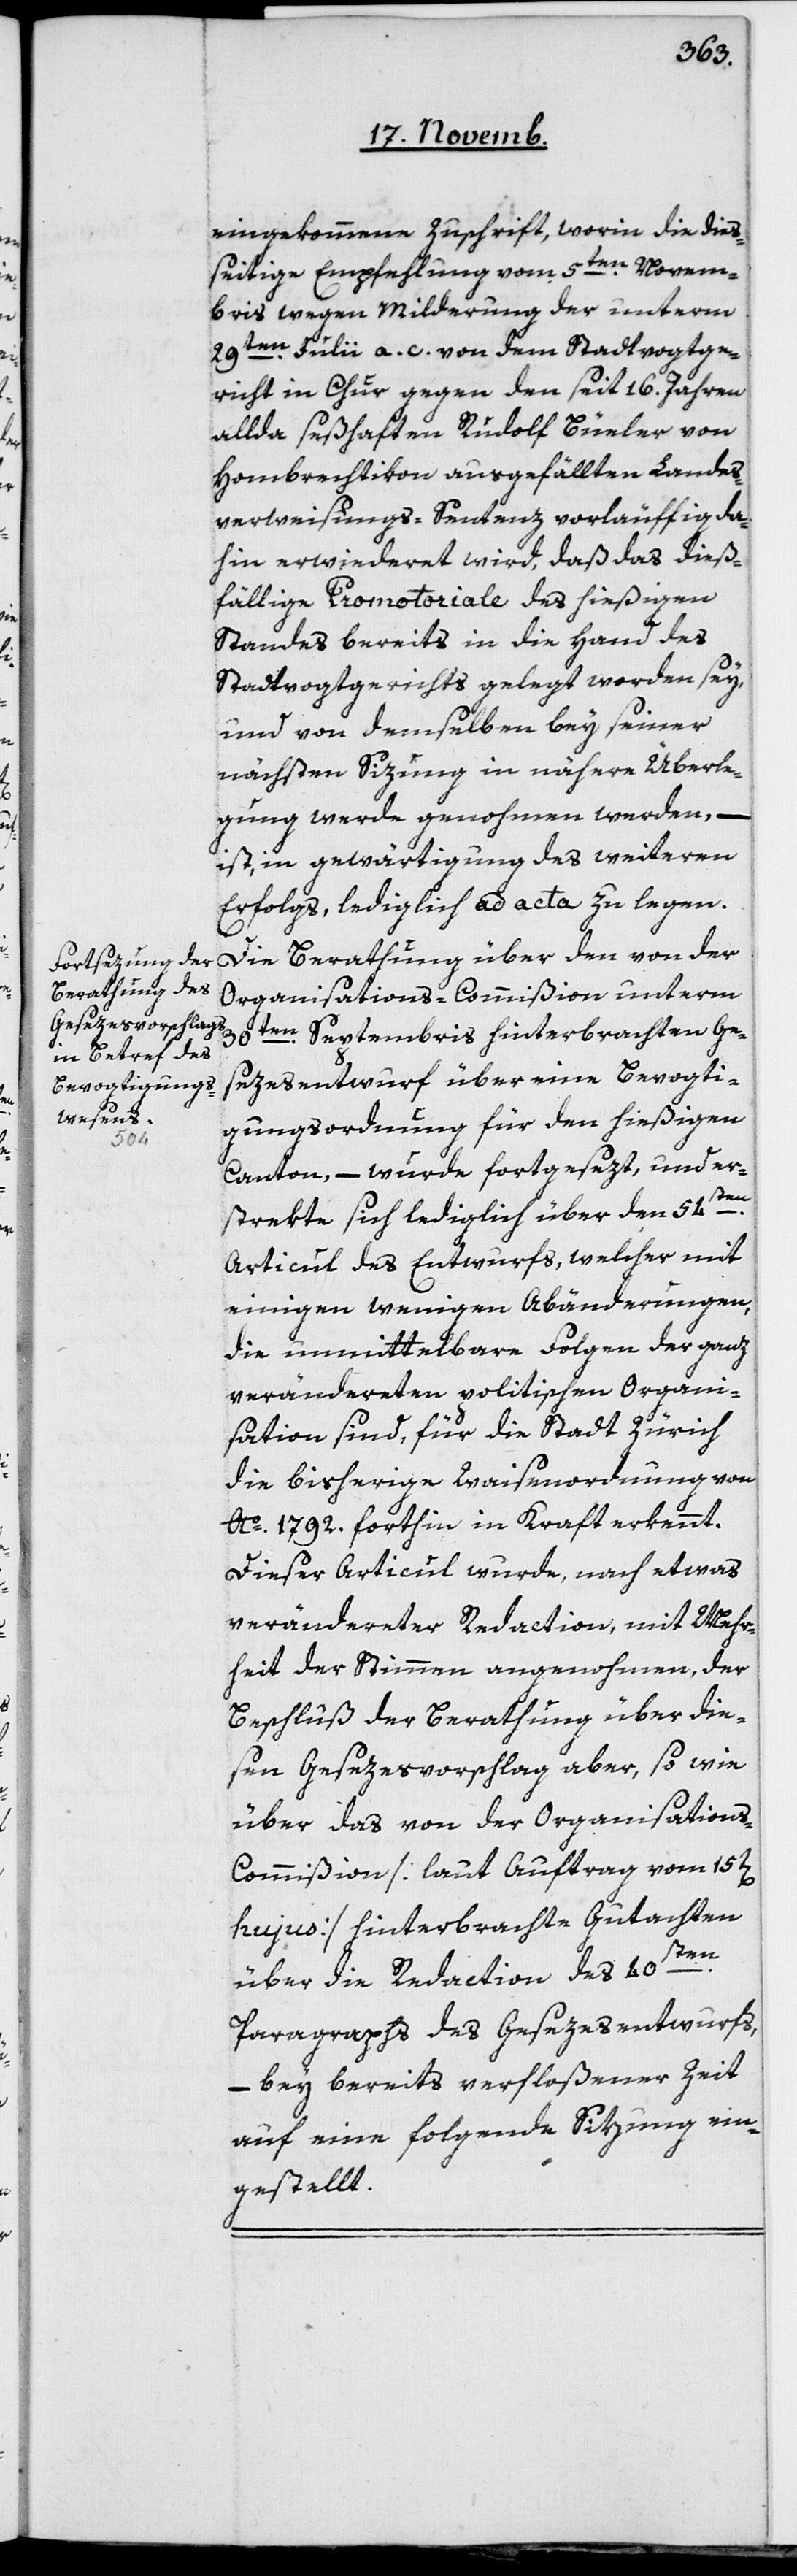
Ge¬

eingekommene Zuschrift, worin die dieß¬
eitige Empfehlung vom 5ten Novem¬
bris wegen Milderung der unterm
29ten Julii a. c. von dem Stadtvogtge¬
richt in Chur gegen den seit 16 Jahren
allda seßhaften Rudolf Büeler
Hombrechtikon ausgefällten Landes¬
verweisungs-Sentenz vorläuffig da¬
hin erwideret wird, daß das dieß¬
fällige Promotoriale des hießigen
Standes bereits in die Hand des
Stadtvogtgerichts gelegt worden sey,
und von demselben bey seiner
nächsten Sizung in nähere Überle¬
gung werde genohmen werden, –
ist, in Gewärtigung des weiteren
Erfolgs, lediglich ad acta zu legen.
Die Berathung über den von der
Organisations-Commißion unterm
sezesentwurf über eine Bevogti¬
gungsordnung für den hießigen
Canton, – wurde fortgesezt, und er¬
ten
strekte sich lediglich über den 54sten
Articul des Entwurfs, welcher mit
einigen wenigen Abänderungen,
die unmittelbare Folgen der ganz
veränderten politischen Organi¬
sation sind, für die Stadt Zürich
die bisherige Waisenordnung von
Ao 1792 forthin in Kraft erkennt.
Dieser Articul wurde, nach etwas
veränderter Redaction, mit Mehr¬
heit der Stimmen angenohmen, der
Beschluß der Berathung über die¬
sen Gesezesvorschlag aber, so wie
über das von der Organisation¬
s-Commißion [laut Auftrag vom 15ten
hujus] hinterbrachte Gutachten
über die Redaction des 40s¬
Paragraphs des Gesezesentwurfs,
– bey bereits verfloßener Zeit
auf eine folgende Sizung ein¬
gestellt.